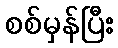
စစ်မှန်ပြီး